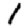
Digit: 1